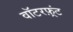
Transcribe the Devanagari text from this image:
वॉटरफ़्रंट